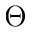
\Theta